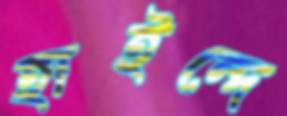
হাইন্দে